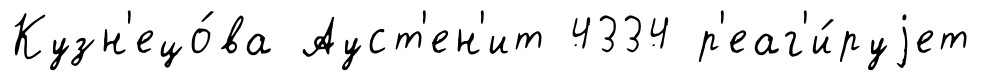
Кузн'ецо́ва Ауст'ен'ит 4334 р'еаг'и́руjет